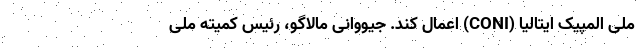
ملی المپیک ایتالیا (CONI) اعمال کند. جیووانی مالاگو، رئیس کمیته ملی